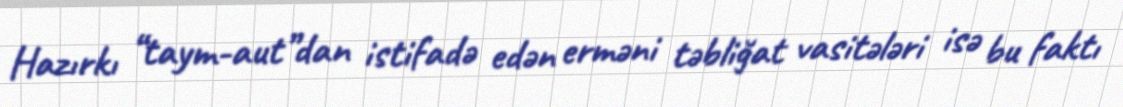
Hazırkı “taym-aut”dan istifadə edən erməni təbliğat vasitələri isə bu faktı